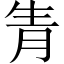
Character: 𤯝